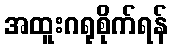
အထူးဂရုစိုက်ရန်